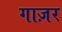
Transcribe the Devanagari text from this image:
गाज़र